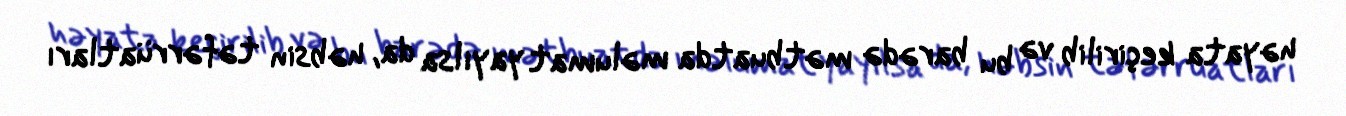
həyata keçirilib və bu barədə mətbuatda məlumat yayılsa da, həbsin təfərrüatları